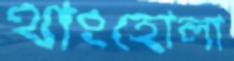
থাংহোলা